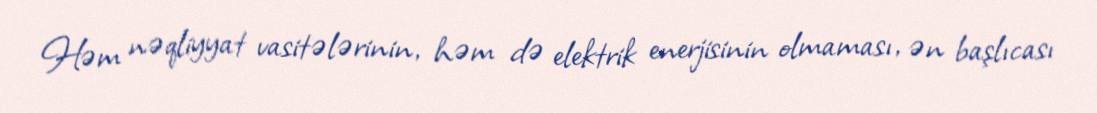
Həm nəqliyyat vasitələrinin, həm də elektrik enerjisinin olmaması, ən başlıcası